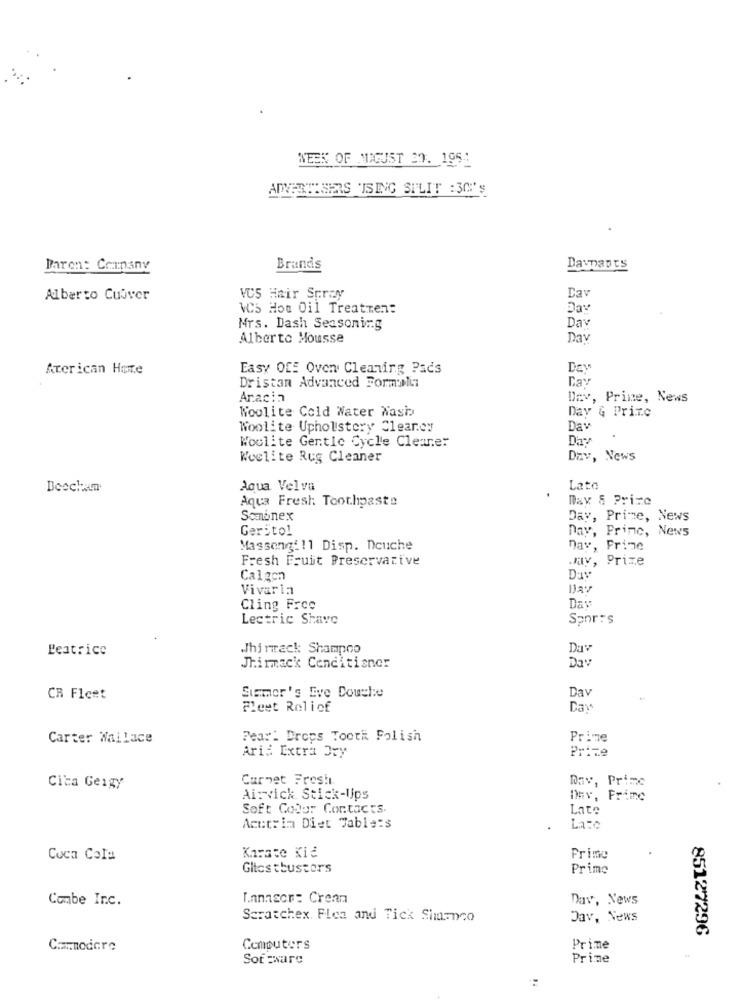
WEEK OF AUGUST 39. 196:
ADVERTISERS ISING SPLIT : 30:'S
Baren: Company
Brands
Dawnants
Alberto Cuover
VCS Hair Spray
Dav
VCS Hot Oil Treatment
Day
Mrs. Dash Seasoning
Day
Alberto Mousse
Day
American Home
Easy OfE Oven Cleaning Pacs
Day
Ca:
Dristan Advanced Formali
Anacin
Dav, Prime, News
Woolite Cold Water Nasi
Day & Prize
Woolite Upholstery Cleancy
Dav
Woolite Gentle Cycle Cleaner
Day
.
Wuclite Rug Cleaner
Dav, News
Boscham
Aqua Velva
Late
Aqua Fresh: Toothpaste
Dax & Prize
Somninex
Day, Prime, News
Geritol
Day, Princ, News
Massongill Disp. Douche
Day, Prime
Fresh Fruit Preservative
May, Prize
Calgen
Day
Vivarin
DJav
Cling Free
Day
Lectric Shave
Spor: s
Beatrice
Whirmack Shampoo
Duv
Jhirmack Conditioner
Da
CR Fleet
Siamor's Eve Douche
Dav
Fleet Roliof
Day
Carter Wallace
Fear. Drops Tooth Polish
Prime
Prize
Aria Extra Dry
Carnet Frosh
Cita Geigy
Dav, Prime
Ai:vick Stick-Ups
Dnv, Fric
Soft Color Contacts.
Late
Acutrim Diet Jable:s
Late
Coca Cola
Karate Kid
Prime
Glicstbusters
Prime
Combe Inc.
I.anasor: Crean
Dav, News
Scratchex. Flea and Tick Simmco
Dav, News
85127296
Commodore
Computers
Prime
Sot ware
Prime